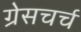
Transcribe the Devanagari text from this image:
ग्रेसचर्च